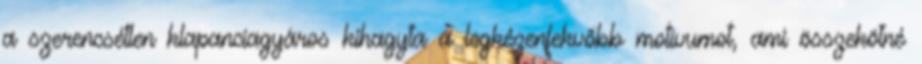
a szerencsétlen klapanciagyáros kihagyta a legkézenfekvőbb motívumot, ami összekötné